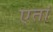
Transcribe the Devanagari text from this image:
एतां